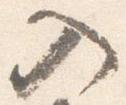
入